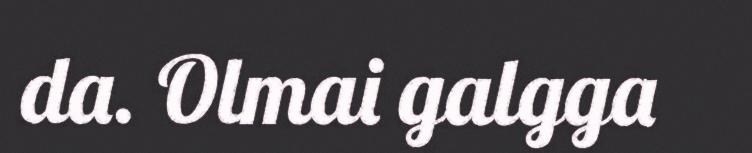
da. Olmai galgga